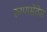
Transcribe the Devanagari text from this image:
रुग्णसेवेस